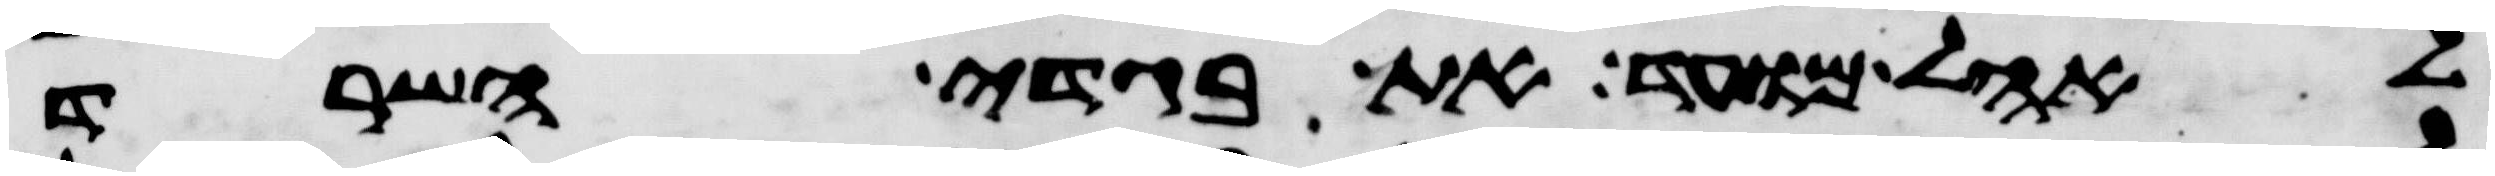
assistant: לאהל מועד את בגדי השרד